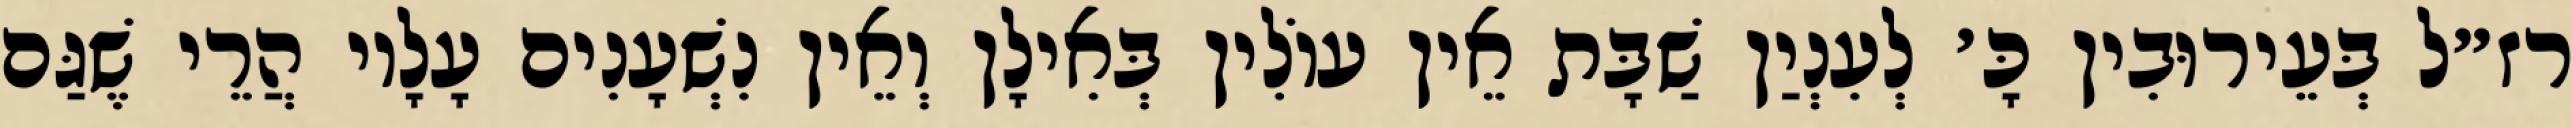
רז״ל בְּעֵירוּבִין כָּ׳ לְעִנְיַן שַׁבָּת אֵין עוֹלִין בְּאִילָן וְאֵין נִשְׁעָנִים עָלָיו הֲרֵי שֶׁגַּם